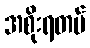
အစိုးရတပ်